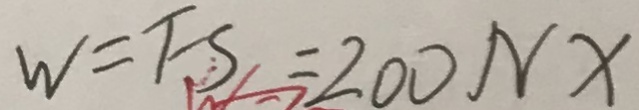
W = F S = 2 0 0 N X